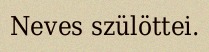
Neves szülöttei.